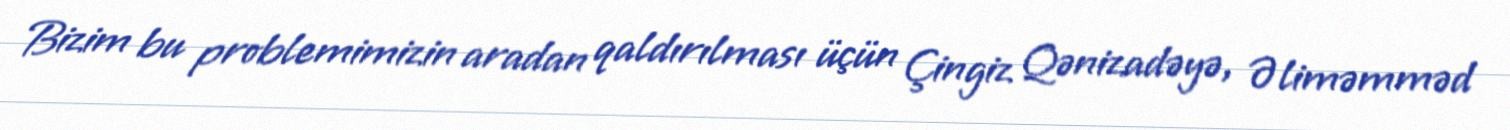
Bizim bu problemimizin aradan qaldırılması üçün Çingiz Qənizadəyə, Əliməmməd